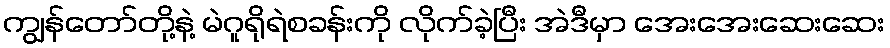
ကျွန်တော်တို့နဲ့ မဲဂူရိုရဲစခန်းကို လိုက်ခဲ့ပြီး အဲဒီမှာ အေးအေးဆေးဆေး